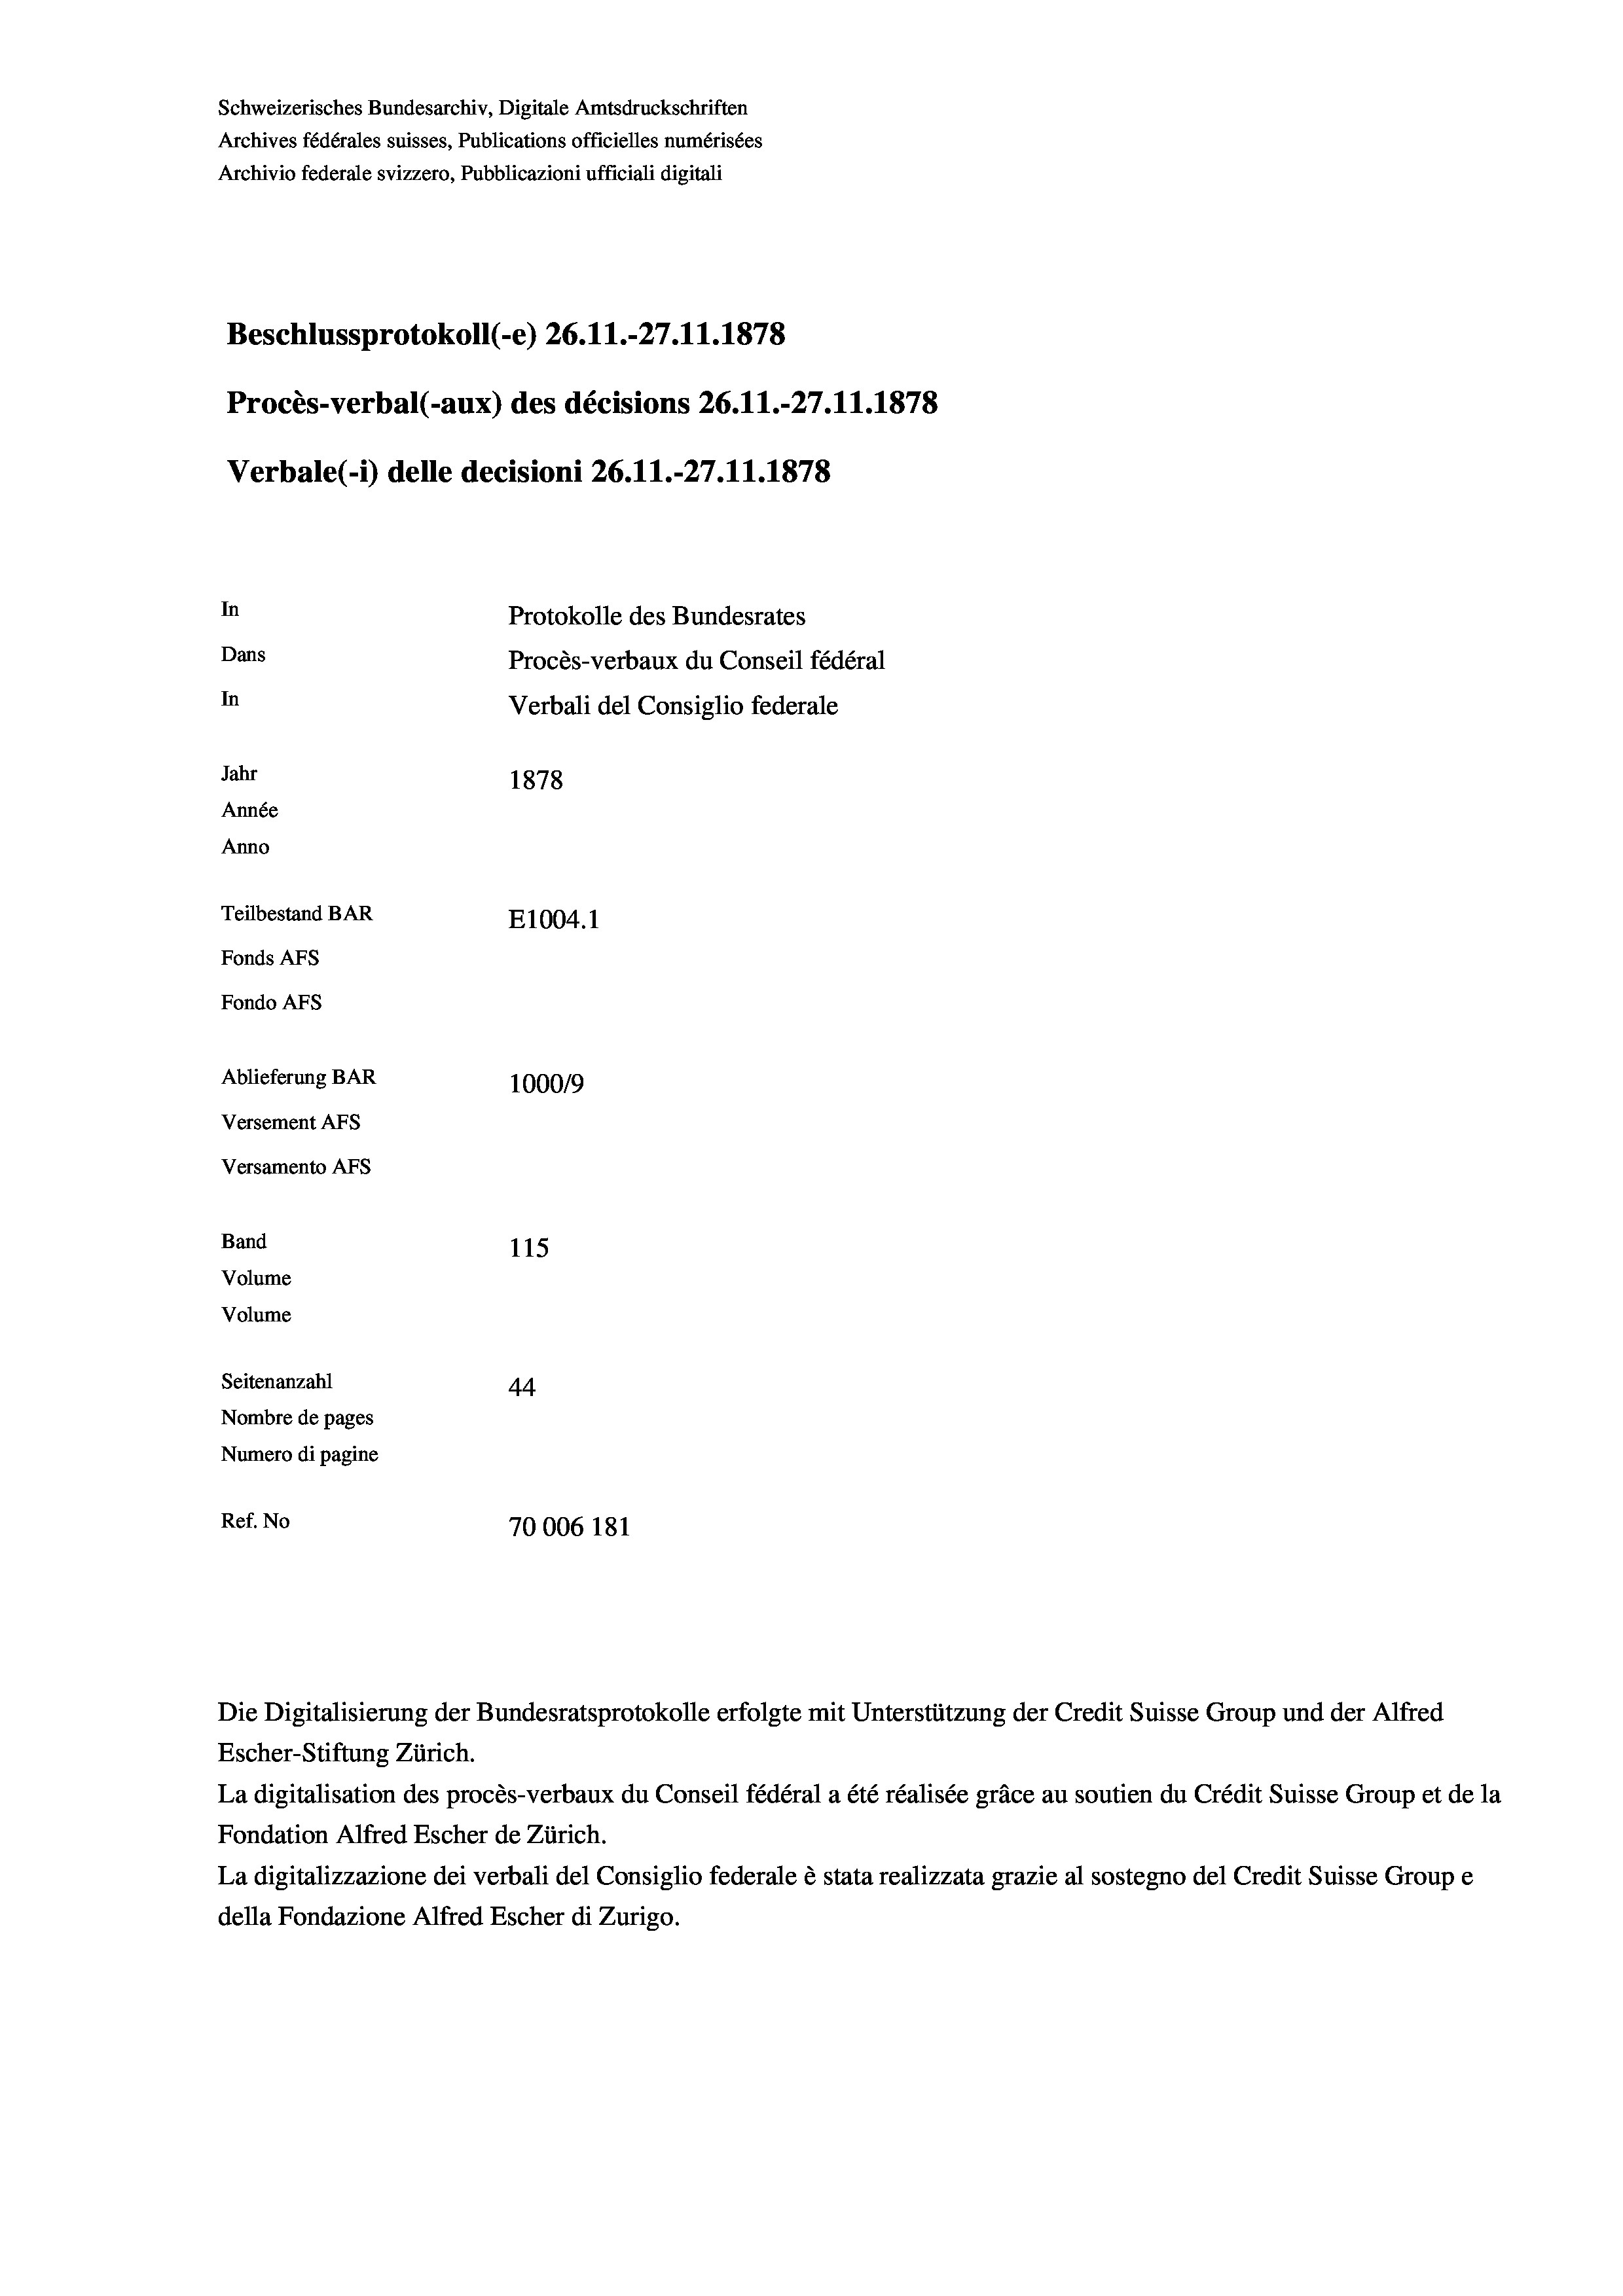
Schweizerisches Bundesarchiv, Digitale Amtsdruckschriften
Archives fédérales suisses, Publications officielles numérisées
Archivio federale svizzero, Pubblicazioni ufficiali digitali
Beschlussprotokoll (-e) 26.11.-27.11.1878
Procès-verbal (-aux) des décisions 26. 11.-27.11.1878
Verbale (- 1) delle decisioni 26. 11.-27.11.1878
In
Protokolle des Bundesrates
Dans
Procès-verbaux du Conseil fédéral
In
Verbali del Consiglio federale
Jahr
1878
Année
Anno
Teilbestand BAR
E1004.1
Fonds AFs
Fondo Afs
Ablieferung BAR
1000/9
Versement AFs
Versamento AFs
Band
115
Volume
Volume
Seitenanzahl
44.
Nombre de pages
Numero di pagine
Ref. No
70006 181

Die Digitalisierung der Bundesratsprotokolle erfolgte mit Unterstützung der Credit Suisse Group und der Alfred
Escher-Stiftung Zürich.
La digitalisation des procès-verbaux du Conseil fédéral a été réalisée gräce au soutien du Crédit Suisse Group et de la
Fondation Alfred Escher de Zürich.
La digitalizzazione dei verbali del Consiglio federale è stata realizzata grazie al sostegno del Credit Suisse Groupe
della Fondazione Alfred Escher di Zurigo.